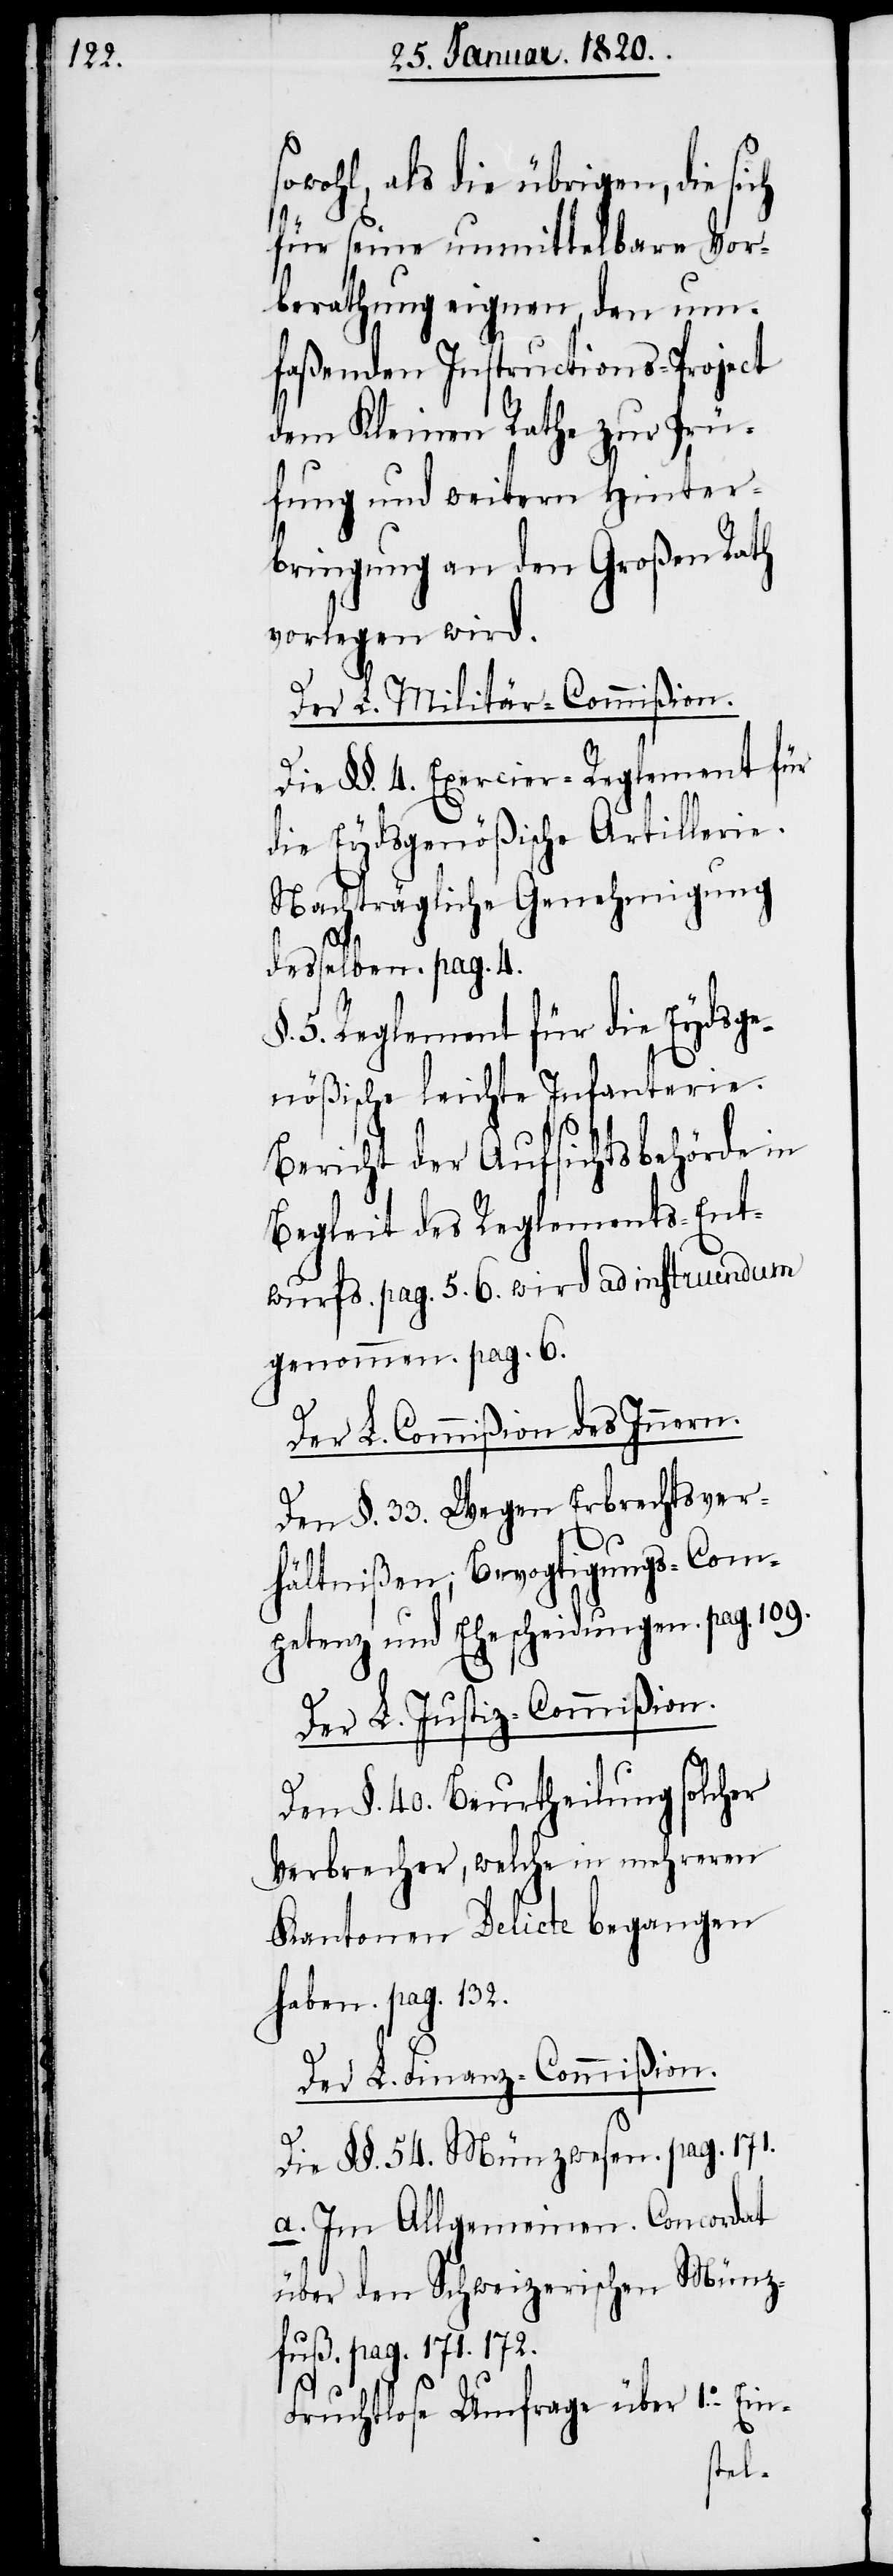
sowohl, als die übrigen, die sich
für seine unmittelbare Vor¬
berathung eignen, den um¬
faßenden Instructions-Project
dem Kleinen Rathe zur Prü¬
fung und weitern Hinter¬
bringung an den Großen Rath
vorlegen wird.
Der L. Justiz-Commißion.
Die §§. 4. Exercier-Reglement für
die Eydsgenößische Artillerie.
Nachträgliche Genehmigung
desselben. pag. 4.
5. Reglement für die Eydsge¬
nößische leichte Infanterie.
Bericht der Aufsichtsbehörde in
Begleit des Reglements-Ent¬
wurfs. pag. 5. 6. wird ad instruendum
genommen. pag. 6.
Der L. Commißion des Innern.
Den §. 33. Wegen Erbrechtsver¬
hältnißen; Bevogtigungs-Com¬
petenz und Ehescheidungen. pag. 109.
Den §. 40. Beurtheilung solcher
Verbrecher, welche in mehreren
Kantonen Delicte begangen
haben. pag. 132.
Der L. Finanz-Commißion.
Die §§. 54. Münzwesen. pag 171.
a. Im Allgemeinen. Concordat
über den Schweizerischen Münz¬
fuß. pag. 171. 172.
Fruchtlose Umfrage über 1.o Ein-